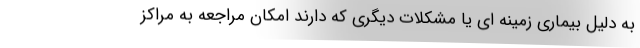
به دلیل بیماری زمینه ای یا مشکلات دیگری که دارند امکان مراجعه به مراکز